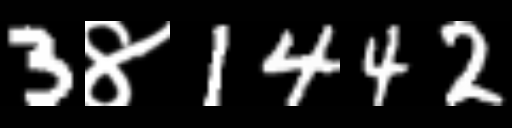
Text: 3४1442